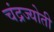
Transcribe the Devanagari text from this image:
चंद्रज्योती